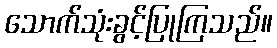
သောက်သုံးခွင့်ပြုကြသည်။